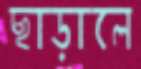
ছাড়ালে